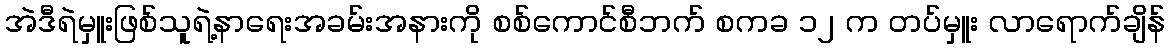
အဲဒီရဲမှူးဖြစ်သူရဲ့နာရေးအခမ်းအနားကို စစ်ကောင်စီဘက် စကခ ၁၂ က တပ်မှူး လာရောက်ချိန်